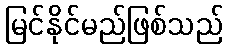
မြင်နိုင်မည်ဖြစ်သည်